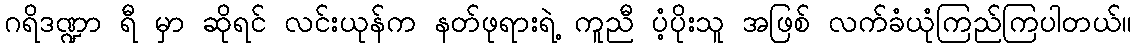
ဂရိဒဏ္ဍာ ရီ မှာ ဆိုရင် လင်းယုန်က နတ်ဖုရားရဲ့ ကူညီ ပံ့ပိုးသူ အဖြစ် လက်ခံယုံကြည်ကြပါတယ်။